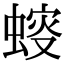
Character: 䗏